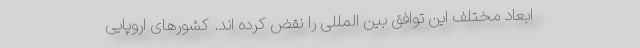
ابعاد مختلف این توافق بین المللی را نقض کرده اند. کشورهای اروپایی